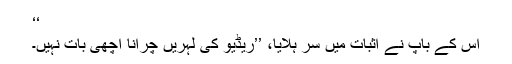
‘‘
اس کے باپ نے اثبات میں سر ہلایا، ’’ریڈیو کی لہریں چرانا اچھی بات نہیں۔